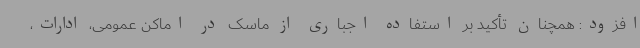
افزود: همچنان تأکید بر استفاده اجباری از ماسک در اماکن عمومی، ادارات،